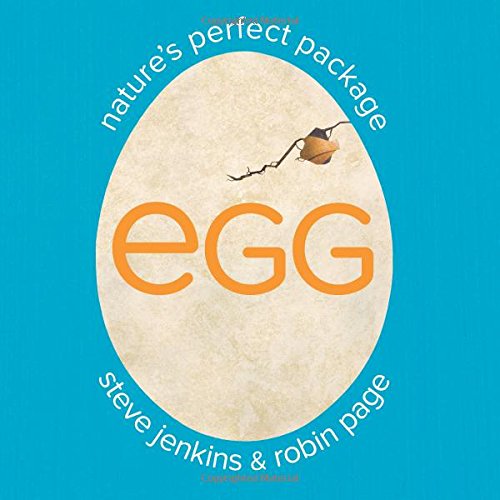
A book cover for Egg: Nature's Perfect Package; Robin Page; Children's Books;